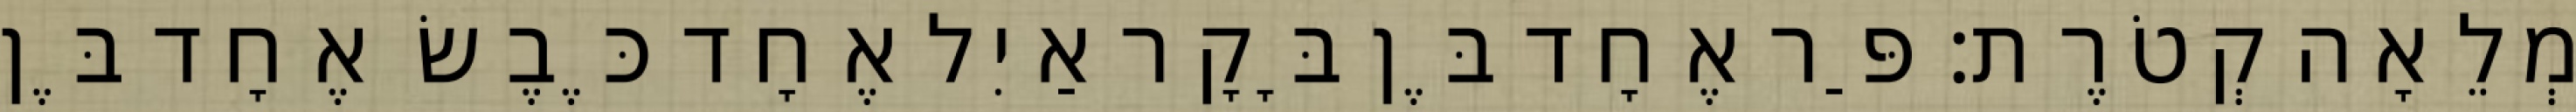
מְלֵאָה קְטֹרֶת׃ פַּר אֶחָד בֶּן בָּקָר אַיִל אֶחָד כֶּבֶשׂ אֶחָד בֶּן